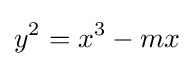
y^{2}=x^{3}-mx